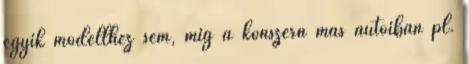
egyik modellhez sem, míg a konszern más autóiban pl.